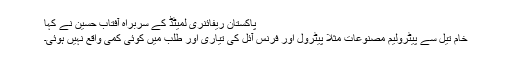
پاکستان ریفائنری لمیٹڈ کے سربراہ آفتاب حسین نے کہا
خام تیل سے پیٹرولیم مصنوعات مثلاً پیٹرول اور فرنس آئل کی تیاری اور طلب میں کوئی کمی واقع نہیں ہوئی۔